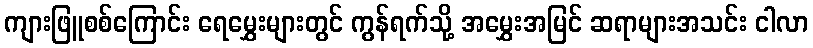
ကျားဖြူစစ်ကြောင်း ရေမွှေးများတွင် ကွန်ရက်သို့ အမွှေးအမြင် ဆရာများအသင်း ငါလာ